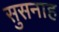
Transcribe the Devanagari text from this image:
सुसनाह